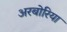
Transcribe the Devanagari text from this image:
अरबोरिया